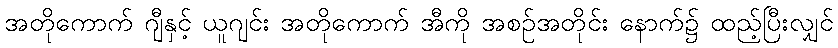
အတိုကောက် ဂျီနှင့် ယူဂျင်း အတိုကောက် အီကို အစဉ်အတိုင်း နောက်၌ ထည့်ပြီးလျှင်